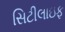
સિટીલાઇફ